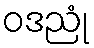
ဝဒညုံ